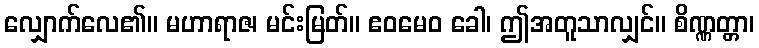
လျှောက်လေ၏။ မဟာရာဇ၊ မင်းမြတ်။ ဧဝမေဝ ခေါ၊ ဤအတူသာလျှင်။ စိဏ္ဏတ္တာ၊